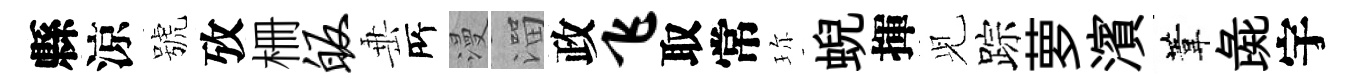
縣涼號攷栅皈𡸁𠩄漫溜政飞取常珎蜺揮𫤗踪萝濱葦彘宇